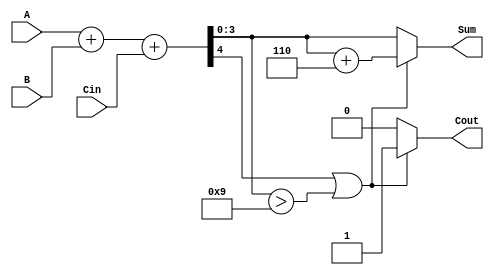
module BCD_Adder (
    input [3:0] A,      // First BCD digit
    input [3:0] B,      // Second BCD digit
    input Cin,          // Carry-in
    output reg [3:0] Sum, // Resulting BCD digit
    output reg Cout      // Carry-out
);

    wire [4:0] binary_sum; // 5-bit to accommodate carry
    wire correction_needed; // Flag for BCD correction

    // Step 1: Perform binary addition
    assign binary_sum = A + B + Cin;

    // Step 2: Check if correction is needed (if sum > 9)
    assign correction_needed = binary_sum[4] || (binary_sum[3:0] > 4'b1001);

    // Step 3: Apply correction if needed
    always @(*) begin
        if (correction_needed) begin
            Sum = binary_sum[3:0] + 4'b0110; // Add 6 for correction
            Cout = 1; // Set carry-out
        end else begin
            Sum = binary_sum[3:0]; // No correction needed
            Cout = 0; // No carry-out
        end
    end

endmodule